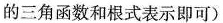
的三角函数和根式表示即可)